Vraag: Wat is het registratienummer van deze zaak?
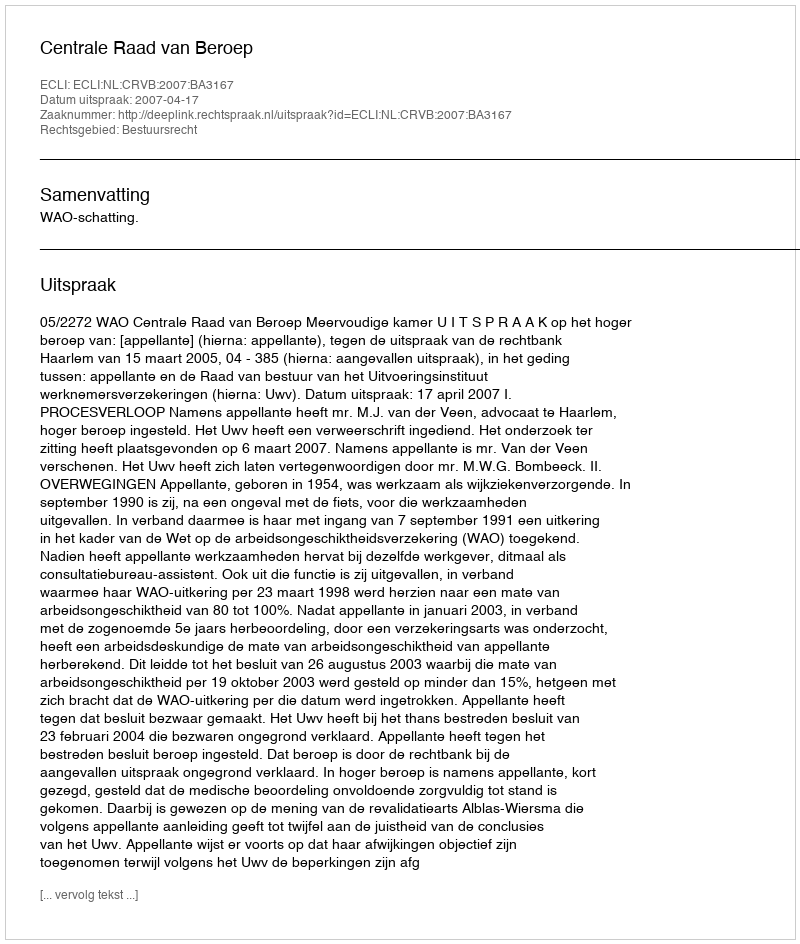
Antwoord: http://deeplink.rechtspraak.nl/uitspraak?id=ECLI:NL:CRVB:2007:BA3167